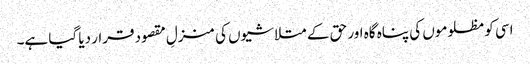
اسی کو مظلوموں کی پناہ گاہ اور حق کے متلاشیوں کی منزلِ مقصود قرار دیا گیا ہے۔